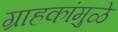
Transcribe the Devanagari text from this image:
ग्राहकांमुळे